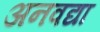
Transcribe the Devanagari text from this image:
अनवद्या